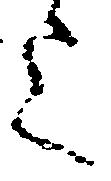
上